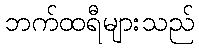
ဘက်ထရီများသည်